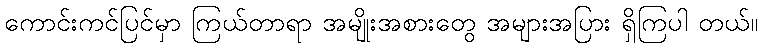
ကောင်းကင်ပြင်မှာ ကြယ်တာရာ အမျိုးအစားတွေ အများအပြား ရှိကြပါ တယ်။